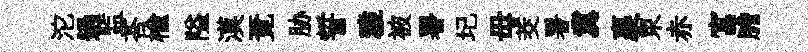
沱過监荅楡隘漠覔胁誓雅被署圮毋茭署冀裹束赤富膽